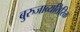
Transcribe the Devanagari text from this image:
बुरुजाव्यतिरिक्त